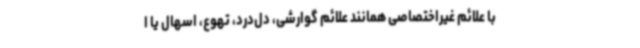
با علائم غیراختصاصی همانند علائم گوارشی، دل‌درد، تهوع، اسهال یا ا